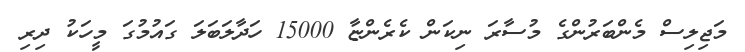
މަޖިލިސް މެންބަރުންގެ މުސާރަ ނިކަން ކެރެންޏާ 15000 ހަދާލަބަލަ ގައުމުގަ މީހަކު ދިރި